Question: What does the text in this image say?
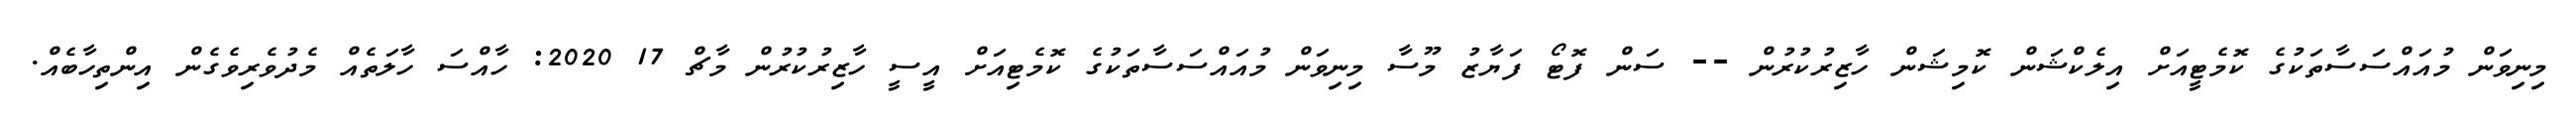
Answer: މިނިވަން މުއައްސަސާތަކުގެ ކޮމެޓީއަށް އިލެކްޝަން ކޮމިޝަން ހާޒިރުކުރުން -- ސަން ފޮޓޯ ފަޔާޒު މޫސާ މިނިވަން މުއައްސަސާތަކުގެ ކޮމެޓިއަށް އީސީ ހާޒިރުކުރުން މާޗް 17 2020: ހާއްސަ ހާލަތެއް މެދުވެރިވެގެން އިންތިހާބެއް.